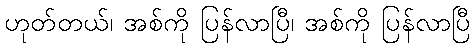
ဟုတ်တယ်၊ အစ်ကို ပြန်လာပြီ၊ အစ်ကို ပြန်လာပြီ